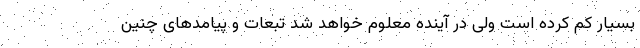
بسیار کم کرده است ولی در آینده معلوم خواهد شد تبعات و پیامدهای چنین